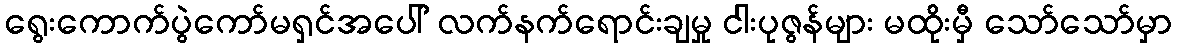
ရွေးကောက်ပွဲကော်မရှင်အပေါ် လက်နက်ရောင်းချမှု ငါးပုဇွန်များ မထိုးမှီ သော်သော်မှာ